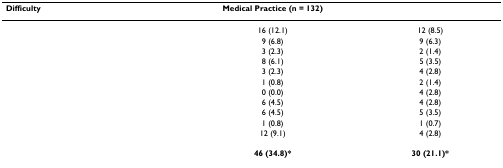
<table><thead><tr><td><b>Difficulty</b></td><td><b>Medical Practice (n = 132)</b></td><td>[EMPTY_CELL]</td></tr></thead><tbody><tr><td>[EMPTY_CELL]</td><td>16 (12.1)</td><td>12 (8.5)</td></tr><tr><td>[EMPTY_CELL]</td><td>9 (6.8)</td><td>9 (6.3)</td></tr><tr><td>[EMPTY_CELL]</td><td>3 (2.3)</td><td>2 (1.4)</td></tr><tr><td>[EMPTY_CELL]</td><td>8 (6.1)</td><td>5 (3.5)</td></tr><tr><td>[EMPTY_CELL]</td><td>3 (2.3)</td><td>4 (2.8)</td></tr><tr><td>[EMPTY_CELL]</td><td>1 (0.8)</td><td>2 (1.4)</td></tr><tr><td>[EMPTY_CELL]</td><td>0 (0.0)</td><td>4 (2.8)</td></tr><tr><td>[EMPTY_CELL]</td><td>6 (4.5)</td><td>4 (2.8)</td></tr><tr><td>[EMPTY_CELL]</td><td>6 (4.5)</td><td>5 (3.5)</td></tr><tr><td>[EMPTY_CELL]</td><td>1 (0.8)</td><td>1 (0.7)</td></tr><tr><td>[EMPTY_CELL]</td><td>12 (9.1)</td><td>4 (2.8)</td></tr><tr><td>[EMPTY_CELL]</td><td>[EMPTY_CELL]</td><td>[EMPTY_CELL]</td></tr><tr><td>[EMPTY_CELL]</td><td><b>46 (34.8)*</b></td><td><b>30 (21.1)*</b></td></tr></tbody></table>